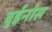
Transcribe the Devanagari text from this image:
बुईनोस